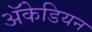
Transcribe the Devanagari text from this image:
अॅकेडियन